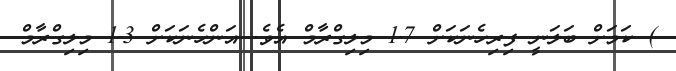
) ކަމަށް ބަލަނީ ފިރިހެނަކަށް 1.7 މިލިގްރާމް އެވެ. އަންހެނަކަށް 1.3 މިލިގްރާމް